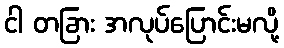
ငါ တခြား အလုပ်ပြောင်းမလို့